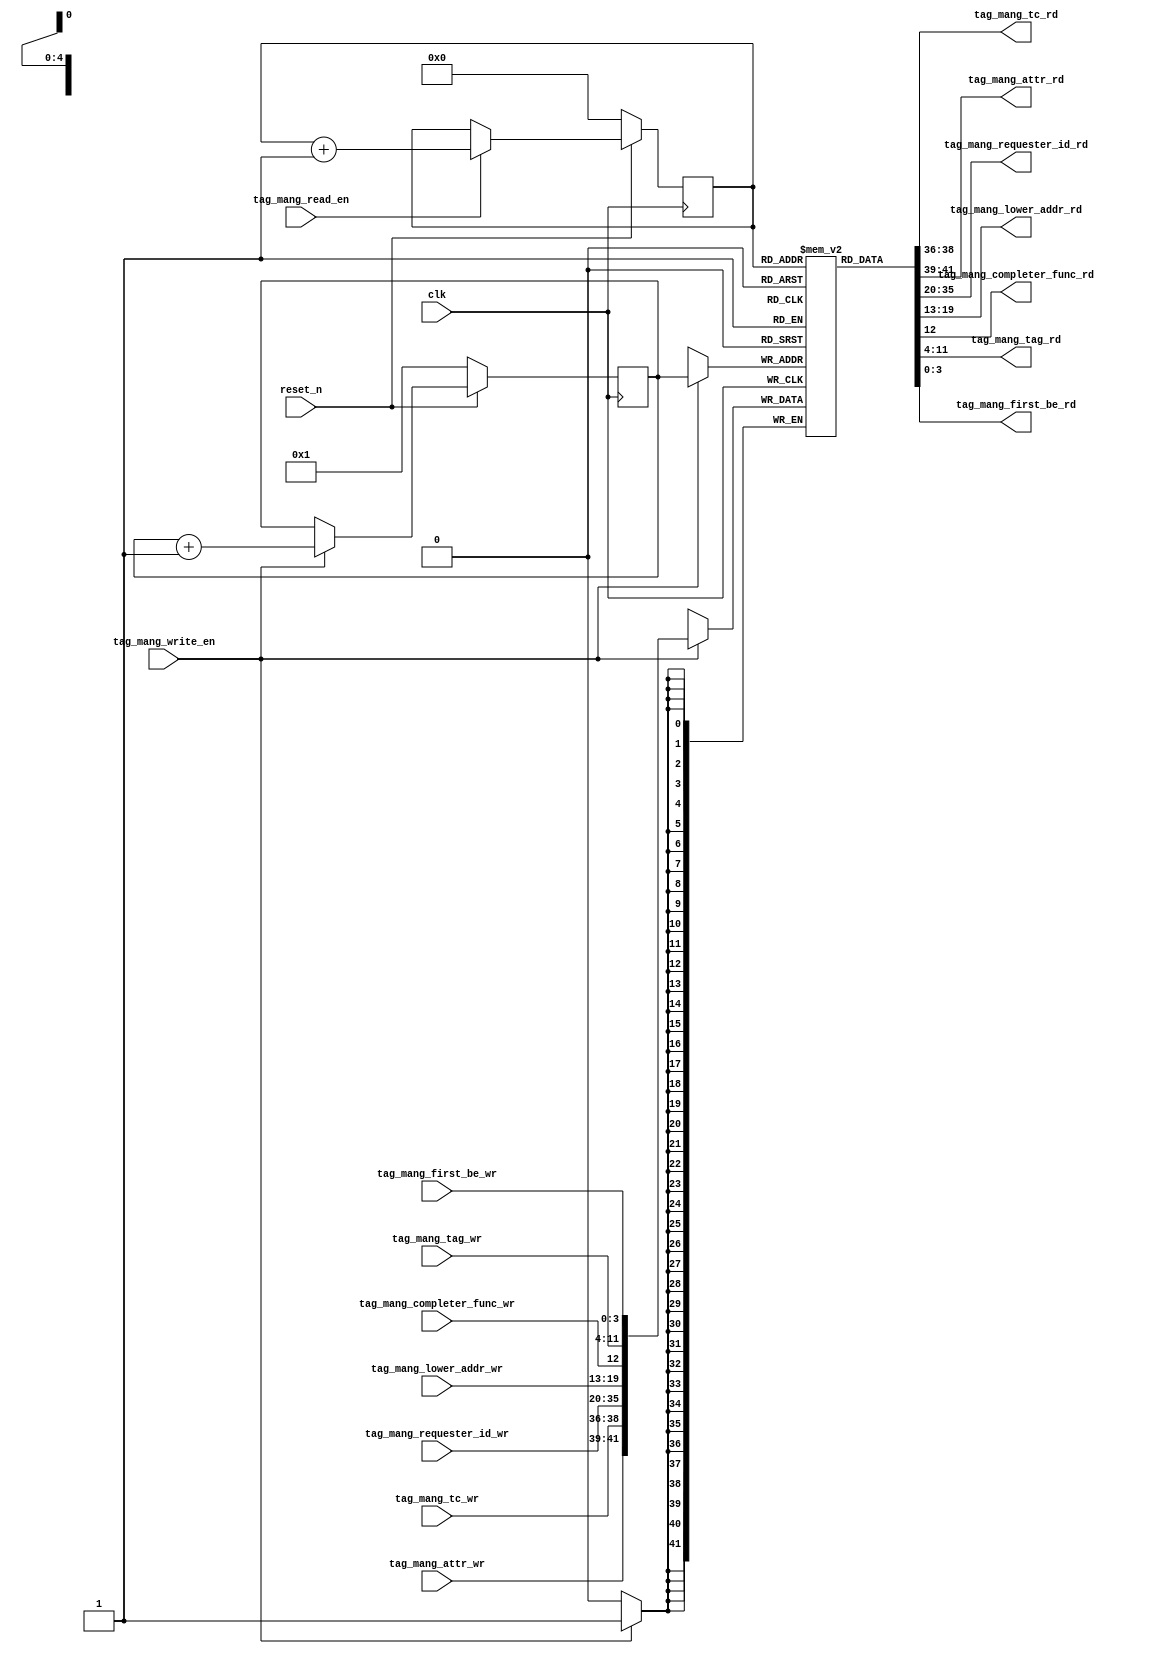
`timescale 1ns / 1ps
//////////////////////////////////////////////////////////////////////////////////
// Company: 
// Engineer: 
// 
// Design Name: 
// Module Name: tag_manager
// Project Name: 
// Target Devices: 
// Tool Versions: 
// Description: 
// 
// Dependencies: 
// 
// Revision:
// Revision 0.01 - File Created
// Additional Comments:
// 
//////////////////////////////////////////////////////////////////////////////////


module tag_manager # (
  parameter TCQ           = 1,
  parameter RAM_ADDR_BITS = 5
)(
  input                     clk,
  input                     reset_n,
  
  input                     tag_mang_write_en,
  
  input [2:0]               tag_mang_tc_wr,             //[15:0]
  input [2:0]               tag_mang_attr_wr,           //[15:0]
  input [15:0]              tag_mang_requester_id_wr,   //[15:0]
  input [6:0]               tag_mang_lower_addr_wr,     //[6:0]
  input                     tag_mang_completer_func_wr, //[0:0]
  input [7:0]               tag_mang_tag_wr,            //[7:0]
  input [3:0]               tag_mang_first_be_wr,       //[2:0]
     
  input                     tag_mang_read_en,         
       
  output [2:0]              tag_mang_tc_rd,   //[15:0]
  output [2:0]              tag_mang_attr_rd,   //[15:0]
  output [15:0]             tag_mang_requester_id_rd,   //[15:0]
  output [6:0]              tag_mang_lower_addr_rd,     //[6:0]
  output                    tag_mang_completer_func_rd, //[0:0]
  output [7:0]              tag_mang_tag_rd,            //[7:0]
  output [3:0]              tag_mang_first_be_rd      //[2:0]
    );

    
  reg [RAM_ADDR_BITS-1:0] tag_mang_write_id;      
  reg [RAM_ADDR_BITS-1:0] tag_mang_read_id;        

  always @( posedge clk )
    if  ( !reset_n ) 
      tag_mang_write_id <= #TCQ 1;
    else if ( tag_mang_write_en ) 
      tag_mang_write_id <= #TCQ tag_mang_write_id + 1;   
      
  always @( posedge clk )
    if  ( !reset_n ) 
      tag_mang_read_id <= #TCQ 0;
    else if ( tag_mang_read_en ) 
      tag_mang_read_id <= #TCQ tag_mang_read_id + 1;
            
            
   localparam RAM_WIDTH = 42;

   (* RAM_STYLE="distributed" *)
   reg [RAM_WIDTH-1:0] tag_storage [(2**RAM_ADDR_BITS)-1:0];

   wire [RAM_WIDTH-1:0] completion_data;

   always @(posedge clk)
      if (tag_mang_write_en)
         tag_storage[tag_mang_write_id] <= #TCQ { tag_mang_attr_wr, tag_mang_tc_wr, tag_mang_requester_id_wr, tag_mang_lower_addr_wr, tag_mang_completer_func_wr, tag_mang_tag_wr, tag_mang_first_be_wr};

   assign completion_data = tag_storage[tag_mang_read_id];
   
   assign tag_mang_attr_rd           = completion_data[41:39];
   assign tag_mang_tc_rd             = completion_data[38:36];
   assign tag_mang_requester_id_rd   = completion_data[35:20];     //[15:0]
   assign tag_mang_lower_addr_rd     = completion_data[19:13];     //[6:0]
   assign tag_mang_completer_func_rd = completion_data[12];        //[0:0]
   assign tag_mang_tag_rd            = completion_data[11:4];      //[7:0]
   assign tag_mang_first_be_rd       = completion_data[3:0];       //[2:0]        



    
endmodule